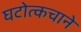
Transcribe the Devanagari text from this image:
घटोत्कचाने